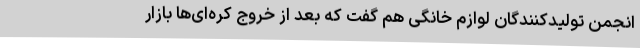
انجمن تولیدکنندگان لوازم خانگی هم گفت که بعد از خروج کره‌ای‌ها بازار